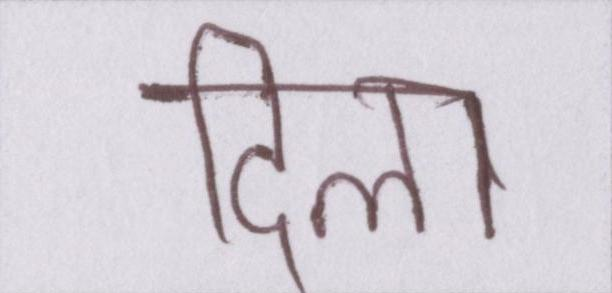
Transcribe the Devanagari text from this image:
दिला